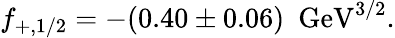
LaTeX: f_{+,1/2}=-(0.40\pm 0.06)~~\mathrm{GeV}^{3/2}.